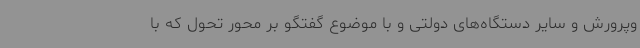
وپرورش و سایر دستگاه‌های دولتی و با موضوع گفتگو بر محور تحول که با